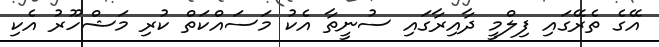
އޭގެ ތެރޭގައި ފިލްމީ ދާއިރާގައި ސުނީތާ އެކު މަސައްކަތް ކުރި މަޝްހޫރު އެކި